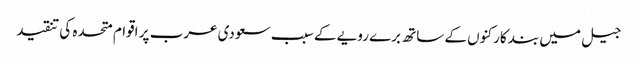
جیل میں بند کارکنوں کے ساتھ برے رویے کے سبب سعودی عرب پر اقوام متحدہ کی تنقید